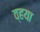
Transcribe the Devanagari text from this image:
व्हया